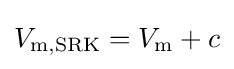
V_{{\text{m}},{\text{SRK}}}=V_{\text{m}}+c